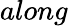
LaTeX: along